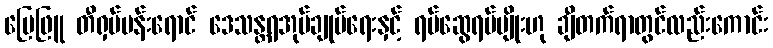
မြေဖြူ တီရှပ်ပန်းရောင် ဒေသန္တရအုပ်ချုပ်ရေးနှင့် ရပ်ဆွေရပ်မျိုးဟု ချီတက်ရာတွင်လည်းကောင်း